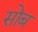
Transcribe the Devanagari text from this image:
सोब